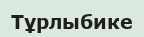
Тұрлыбике